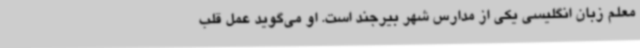
معلم زبان انگلیسی یکی از مدارس شهر بیرجند است. او می‌گوید عمل قلب